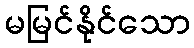
မမြင်နိုင်သော